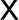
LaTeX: \textsf{X}